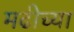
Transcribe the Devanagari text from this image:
मढीच्या